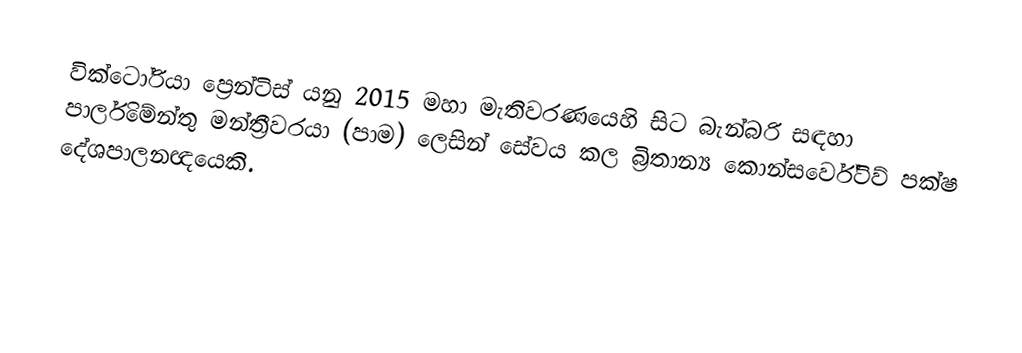
වික්ටෝරියා ප්‍රෙන්ටිස් යනු 2015 මහා මැතිවරණයෙහි සිට  බැන්බරි සඳහා පාර්ලිමේන්තු මන්ත්‍රීවරයා (පාම) ලෙසින් සේවය කල බ්‍රිතාන්‍ය කොන්සර්වේටිව් පක්ෂ දේශපාලනඥයෙකි.